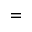
=